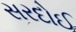
સરદોઈ